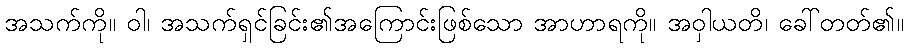
အသက်ကို။ ဝါ၊ အသက်ရှင်ခြင်း၏အကြောင်းဖြစ်သော အာဟာရကို။ အဝှါယတိ၊ ခေါ်တတ်၏။